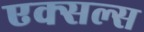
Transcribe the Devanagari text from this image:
एक्सल्स